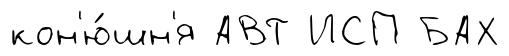
кон'ю́шн'я АВТ ИСП БАХ